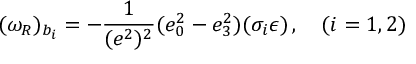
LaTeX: ( \omega _ { R } ) _ { b _ { i } } = - \frac 1 { ( e ^ { 2 } ) ^ { 2 } } ( e _ { 0 } ^ { 2 } - e _ { 3 } ^ { 2 } ) ( \sigma _ { i } \epsilon ) \, , \quad ( i = 1 , 2 )